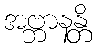
အဗ္ဘာနန္တိ